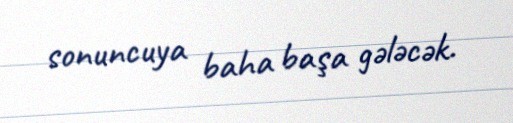
sonuncuya baha başa gələcək.